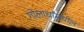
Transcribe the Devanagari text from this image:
गोलार्धांमधील